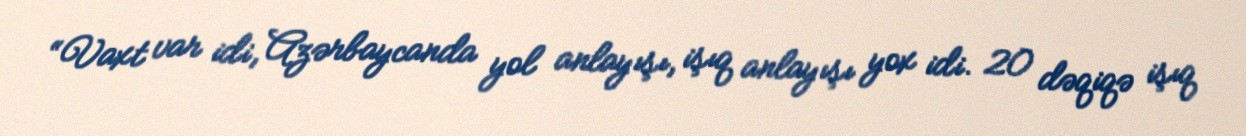
“Vaxt var idi, Azərbaycanda yol anlayışı, işıq anlayışı yox idi. 20 dəqiqə işıq